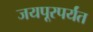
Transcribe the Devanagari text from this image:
जयपूरपर्यंत